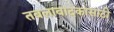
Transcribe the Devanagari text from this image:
तबलावादकासाठी